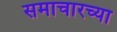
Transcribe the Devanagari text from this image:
समाचारच्या